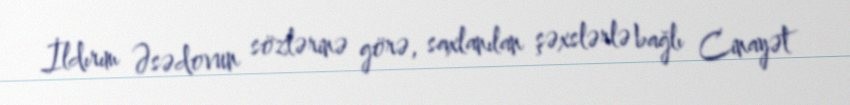
İldırım Əsədovun sözlərinə görə, saxlanılan şəxslərlə bağlı Cinayət